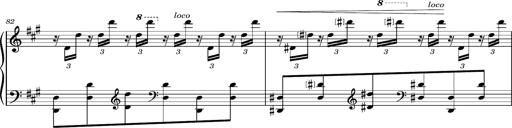
Title: Cavatine de Robert le Diable
Composer: Franz Liszt
Key: F-sharp minor